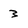
Character: 3